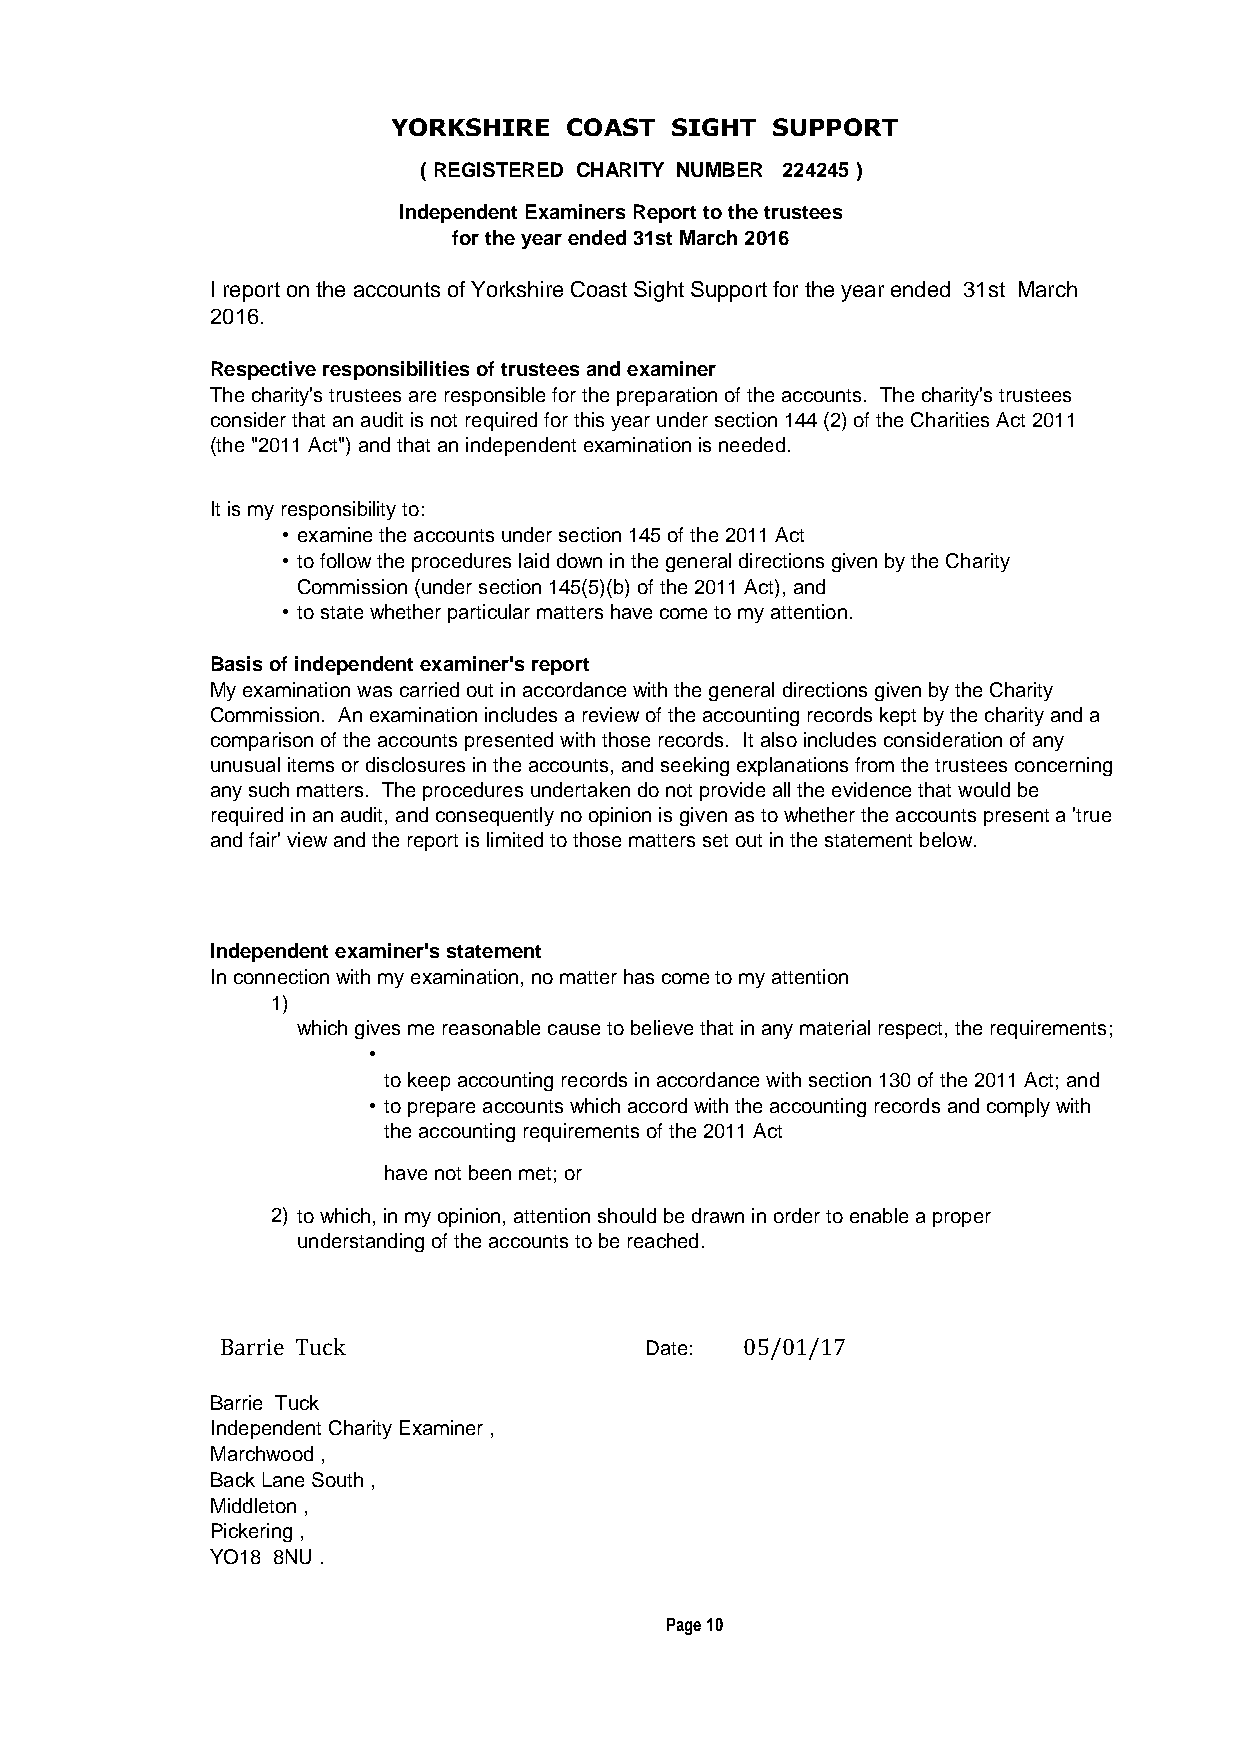
YORKSHIRE  COAST  SIGHT  SUPPORT
 ( REGISTERED CHARITY NUMBER 224245 )
 Independent Examiners Report to the trustees
 for the year ended 31st March 2016
 I report on the accounts of Yorkshire Coast Sight Support for the year ended 31st March
 2016.
 Respective responsibilities of trustees and examiner
 The charity's trustees are responsible for the preparation of the accounts. The charity's trustees
 consider that an audit is not required for this year under section 144 (2) of the Charities Act 2011
 (the "2011 Act") and that an independent examination is needed.
 It is my responsibility to:
 • examine the accounts under section 145 of the 2011 Act
 • to follow the procedures laid down in the general directions given by the Charity
 Commission (under section 145(5)(b) of the 2011 Act), and
 • to state whether particular matters have come to my attention.
 Basis of independent examiner's report
 My examination was carried out in accordance with the general directions given by the Charity
 Commission. An examination includes a review of the accounting records kept by the charity and a
 comparison of the accounts presented with those records. It also includes consideration of any
 unusual items or disclosures in the accounts, and seeking explanations from the trustees concerning
 any such matters. The procedures undertaken do not provide all the evidence that would be
 required in an audit, and consequently no opinion is given as to whether the accounts present a 'true
 and fair' view and the report is limited to those matters set out in the statement below.
 Independent examiner's statement
 In connection with my examination, no matter has come to my attention
 1)
 which gives me reasonable cause to believe that in any material respect, the requirements;
 •
 to keep accounting records in accordance with section 130 of the 2011 Act; and
 • to prepare accounts which accord with the accounting records and comply with
 the accounting requirements of the 2011 Act
 have not been met; or
 2) to which, in my opinion, attention should be drawn in order to enable a proper
 understanding of the accounts to be reached.
 Barrie Tuck                 Date: 05/01/17
 Barrie Tuck
 Independent Charity Examiner ,
 Marchwood ,
 Back Lane South ,
 Middleton ,
 Pickering ,
 YO18 8NU .
 Page 10